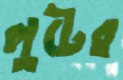
লুটের